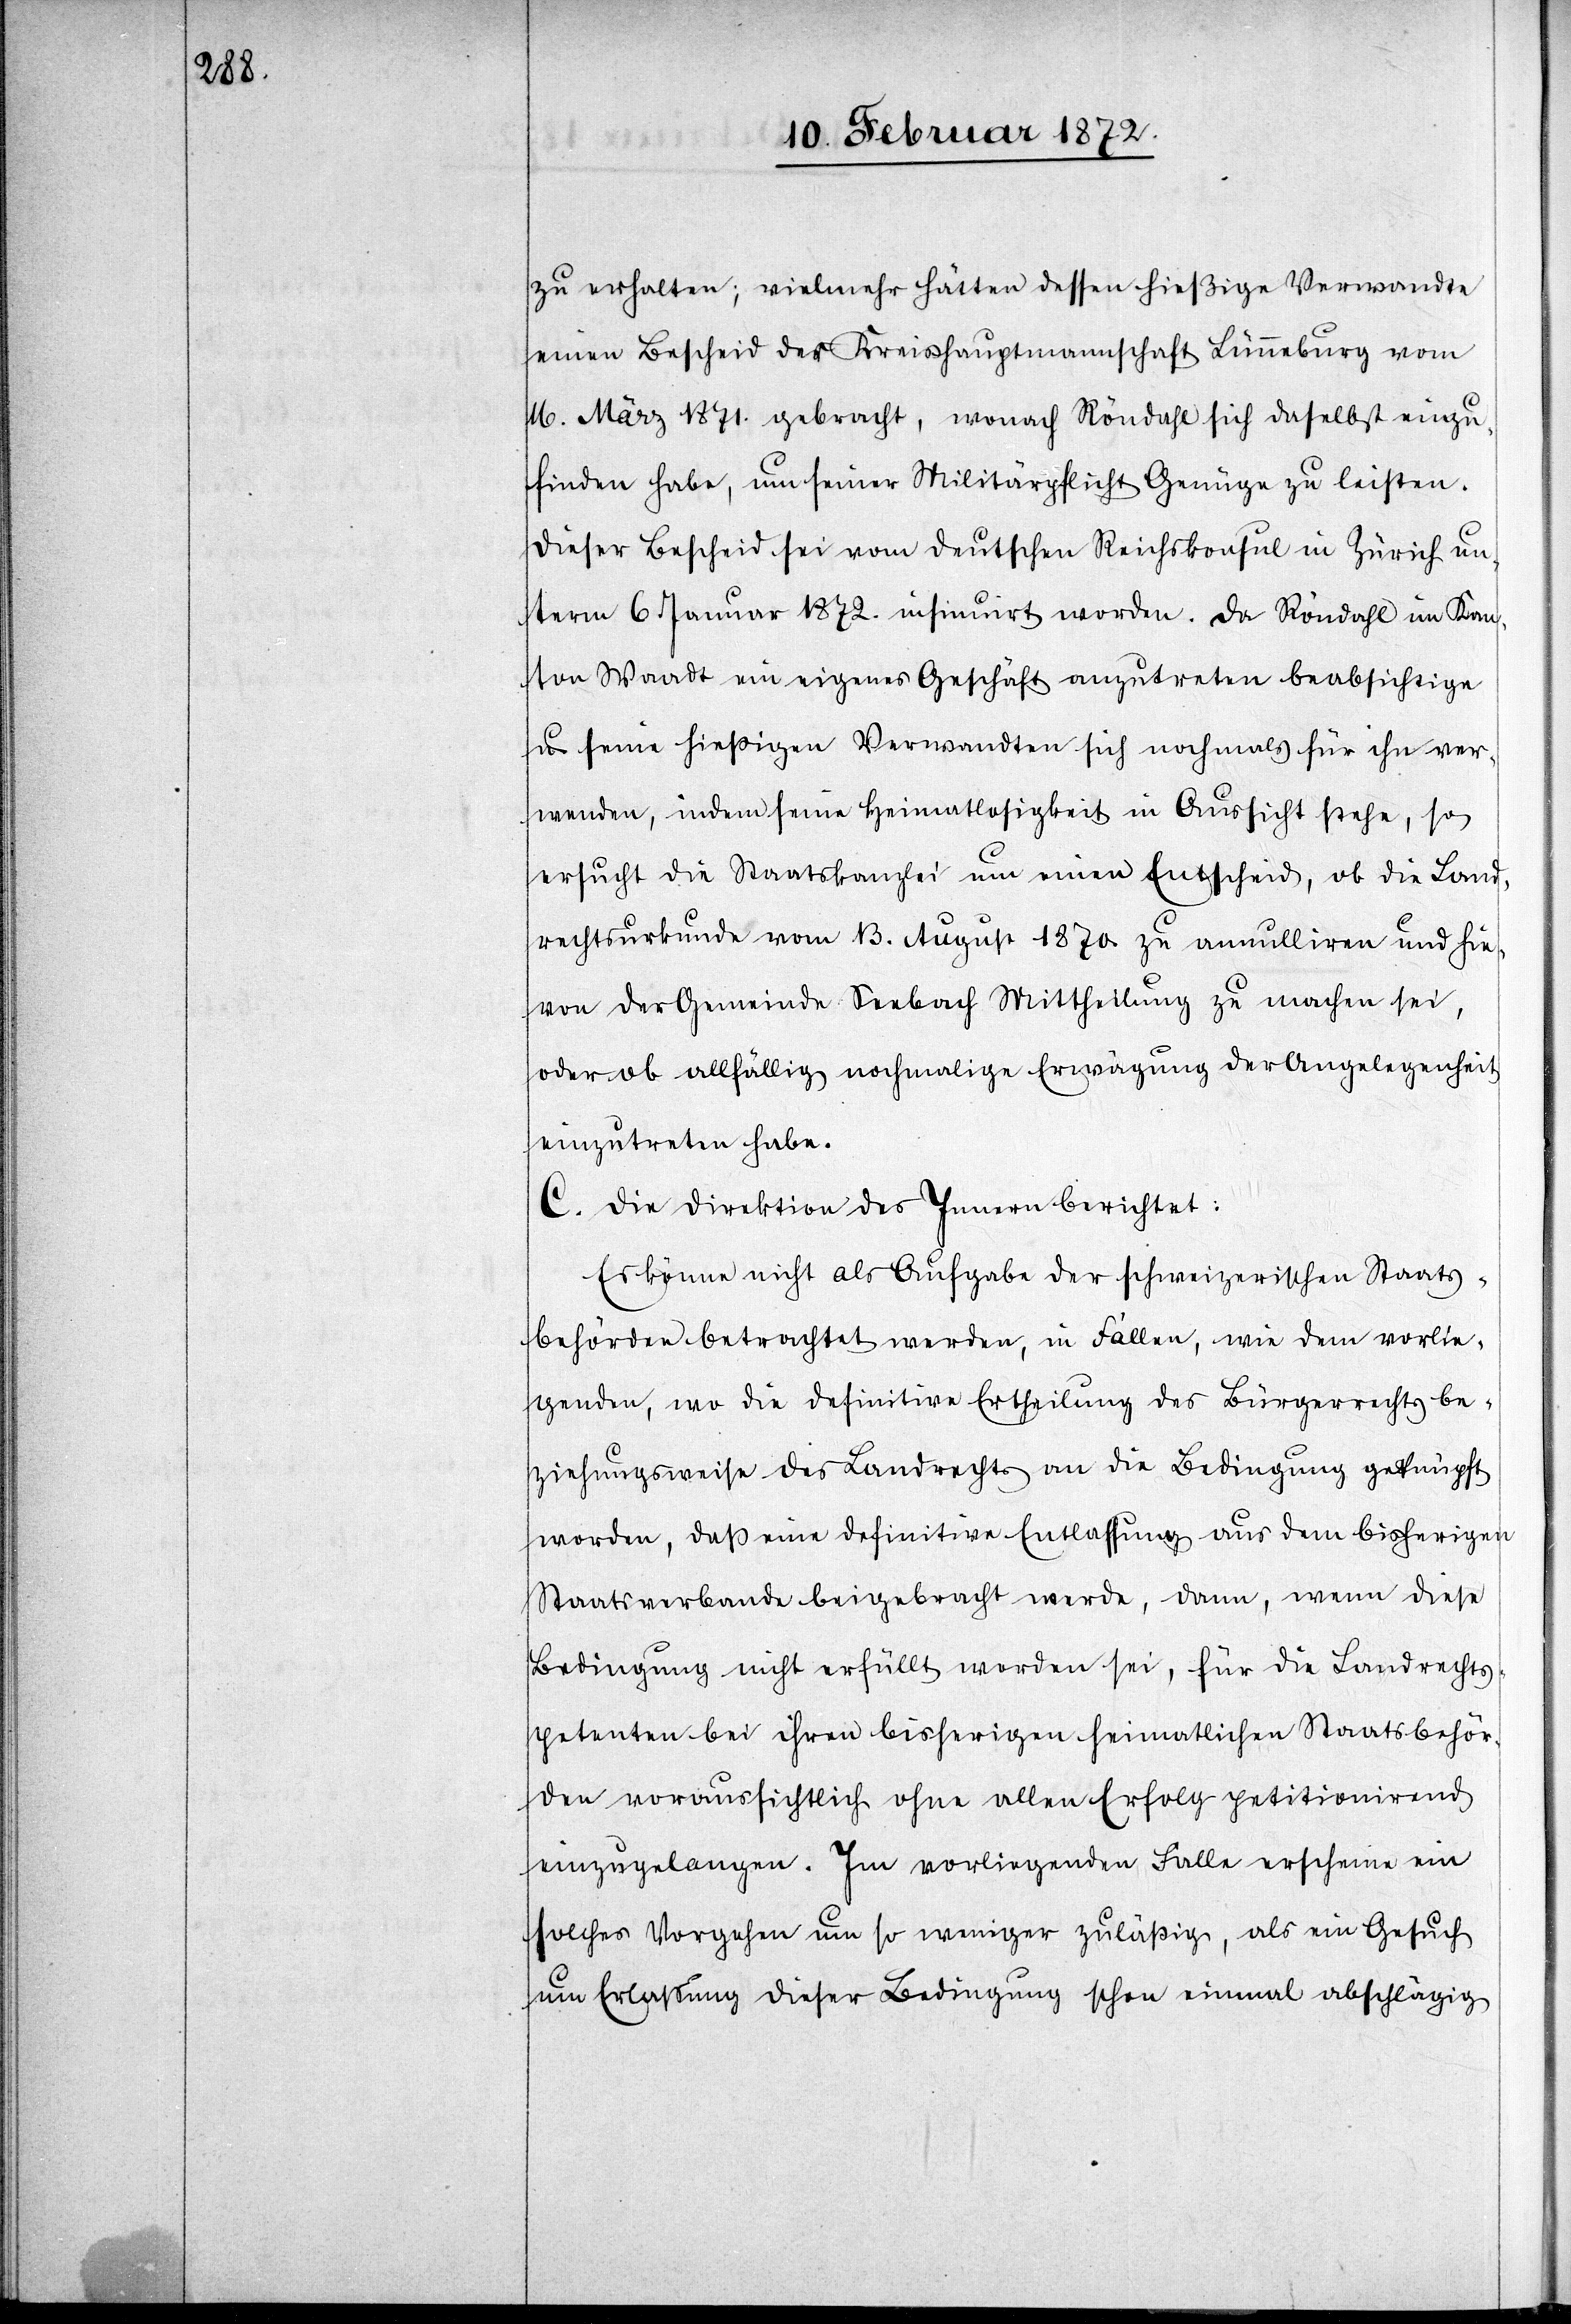
zu erhalten; vielmehr hätten dessen hießige Verwandte
einen Bescheid der Kreishauptmannschaft Lünneburg vom
16. März 1871. gebracht, wonach Röndahl sich daselbst einzu¬
finden habe, um seiner Militärpflicht Genüge zu leisten.
Dieser Bescheid sei vom deutschen Reichskonsul in Zürich un¬
term 6. Januar 1872. insinuirt worden. Da Röndahl im Kan¬
ton Waadt ein eigenes Geschäft anzutreten beabsichtige
u. seine hießigen Verwandten sich nochmals für ihn ver¬
wenden, indem seine Heimatlosigkeit in Aussicht stehe, so
ersucht die Staatskanzlei um einen Entscheid, ob die Land¬
rechtsurkunde vom 13. August 1870 zu annulliren und hie¬
von der Gemeinde Seebach Mittheilung zu machen sei,
oder ob allfällig nochmalige Erwägung der Angelegenheit
einzutreten habe.
C. Die Direktion des Innern berichtet:
Es könne nicht als Aufgabe der schweizerischen Staats¬
behörden betrachtet werden, in Fällen, wie dem vorlie¬
genden, wo die definitive Ertheilung des Bürgerrechts be¬
ziehungsweise des Landrechts an die Bedingung geknüpft
worden, daß eine definitive Entlassung aus dem bisherigen
Staatsverbande beigebacht werde, dann, wenn diese
Bedingung nicht erfüllt worden sei, für die Landrechts¬
petenten bei ihren bisherigen heimatlichen Staatsbehör¬
den voraussichtlich ohne allen Erfolg petitionirend
einzugelangen. Im vorliegenden Falle erscheine ein
solches Vorgehen um so weniger zuläßig, als ein Gesuch
um Erlassung dieser Bedingung schon einmal abschlägig